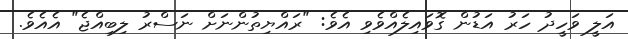
އަލީ ވަހީދު ހަރު އަޑުން ގޮވައިލެއްވެވި އެވެ: "ރައްޔިތުންނަށް ނަސްރު ލިބިއްޖެ" އެއެވެ.